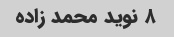
۸ نوید محمد زاده